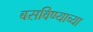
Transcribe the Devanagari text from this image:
बसविण्याच्या